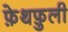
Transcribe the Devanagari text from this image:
फ़ेथफ़ुली